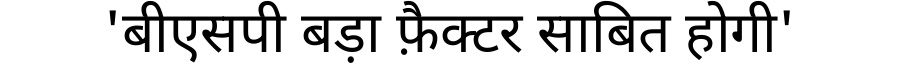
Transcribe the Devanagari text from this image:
'बीएसपी बड़ा फ़ैक्टर साबित होगी'